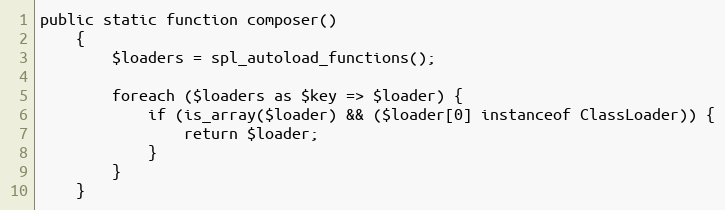
Language: PHP
public static function composer()
    {
        $loaders = spl_autoload_functions();

        foreach ($loaders as $key => $loader) {
            if (is_array($loader) && ($loader[0] instanceof ClassLoader)) {
                return $loader;
            }
        }
    }